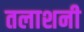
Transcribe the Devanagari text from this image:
तलाशनी